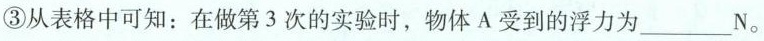
③从表格中可知：在做第3次的实验时，物体A受到的浮力为___N。